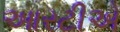
આરટીએ